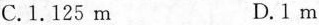
C.1.125m D.1m